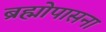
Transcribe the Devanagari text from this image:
ब्रह्मोपासना